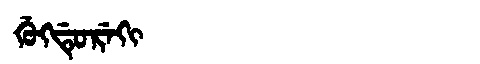
Manchu: ᡤᡠᡴᡩᡠᡵᡝᡴᡳ
Romanization: GUKDUREKI